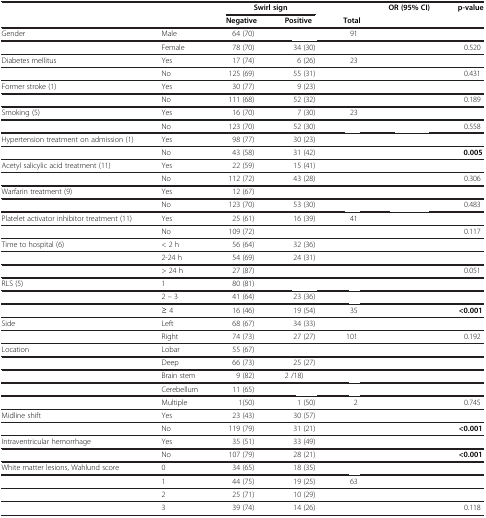
<table><thead><tr><td>[EMPTY_CELL]</td><td>[EMPTY_CELL]</td><td colspan="2"><b>Swirl sign</b></td><td>[EMPTY_CELL]</td><td rowspan="2"><b>OR (95% CI)</b></td><td rowspan="2"><b>p-value</b></td></tr><tr><td>[EMPTY_CELL]</td><td>[EMPTY_CELL]</td><td><b>Negative</b></td><td><b>Positive</b></td><td><b>Total</b></td></tr></thead><tbody><tr><td>Gender</td><td>Male</td><td>64 (70)</td><td>[EMPTY_CELL]</td><td>91</td><td>[EMPTY_CELL]</td><td>[EMPTY_CELL]</td></tr><tr><td>[EMPTY_CELL]</td><td>Female</td><td>78 (70)</td><td>34 (30)</td><td>[EMPTY_CELL]</td><td>[EMPTY_CELL]</td><td>0.520</td></tr><tr><td>Diabetes mellitus</td><td>Yes</td><td>17 (74)</td><td>6 (26)</td><td>23</td><td>[EMPTY_CELL]</td><td>[EMPTY_CELL]</td></tr><tr><td>[EMPTY_CELL]</td><td>No</td><td>125 (69)</td><td>55 (31)</td><td>[EMPTY_CELL]</td><td>[EMPTY_CELL]</td><td>0.431</td></tr><tr><td>Former stroke (1)</td><td>Yes</td><td>30 (77)</td><td>9 (23)</td><td>[EMPTY_CELL]</td><td>[EMPTY_CELL]</td><td>[EMPTY_CELL]</td></tr><tr><td>[EMPTY_CELL]</td><td>No</td><td>111 (68)</td><td>52 (32)</td><td>[EMPTY_CELL]</td><td>[EMPTY_CELL]</td><td>0.189</td></tr><tr><td>Smoking (5)</td><td>Yes</td><td>16 (70)</td><td>7 (30)</td><td>23</td><td>[EMPTY_CELL]</td><td>[EMPTY_CELL]</td></tr><tr><td>[EMPTY_CELL]</td><td>No</td><td>123 (70)</td><td>52 (30)</td><td>[EMPTY_CELL]</td><td>[EMPTY_CELL]</td><td>0.558</td></tr><tr><td>Hypertension treatment on admission (1)</td><td>Yes</td><td>98 (77)</td><td>30 (23)</td><td>[EMPTY_CELL]</td><td>[EMPTY_CELL]</td><td>[EMPTY_CELL]</td></tr><tr><td>[EMPTY_CELL]</td><td>No</td><td>43 (58)</td><td>31 (42)</td><td>[EMPTY_CELL]</td><td>[EMPTY_CELL]</td><td><b>0.005</b></td></tr><tr><td>Acetyl salicylic acid treatment (11)</td><td>Yes</td><td>22 (59)</td><td>15 (41)</td><td>[EMPTY_CELL]</td><td>[EMPTY_CELL]</td><td>[EMPTY_CELL]</td></tr><tr><td>[EMPTY_CELL]</td><td>No</td><td>112 (72)</td><td>43 (28)</td><td>[EMPTY_CELL]</td><td>[EMPTY_CELL]</td><td>0.306</td></tr><tr><td>Warfarin treatment (9)</td><td>Yes</td><td>12 (67)</td><td>[EMPTY_CELL]</td><td>[EMPTY_CELL]</td><td>[EMPTY_CELL]</td><td>[EMPTY_CELL]</td></tr><tr><td>[EMPTY_CELL]</td><td>No</td><td>123 (70)</td><td>53 (30)</td><td>[EMPTY_CELL]</td><td>[EMPTY_CELL]</td><td>0.483</td></tr><tr><td>Platelet activator inhibitor treatment (11)</td><td>Yes</td><td>25 (61)</td><td>16 (39)</td><td>41</td><td>[EMPTY_CELL]</td><td>[EMPTY_CELL]</td></tr><tr><td>[EMPTY_CELL]</td><td>No</td><td>109 (72)</td><td>[EMPTY_CELL]</td><td>[EMPTY_CELL]</td><td>[EMPTY_CELL]</td><td>0.117</td></tr><tr><td>Time to hospital (6)</td><td>&lt; 2 h</td><td>56 (64)</td><td>32 (36)</td><td>[EMPTY_CELL]</td><td>[EMPTY_CELL]</td><td>[EMPTY_CELL]</td></tr><tr><td>[EMPTY_CELL]</td><td>2-24 h</td><td>54 (69)</td><td>24 (31)</td><td>[EMPTY_CELL]</td><td>[EMPTY_CELL]</td><td>[EMPTY_CELL]</td></tr><tr><td>[EMPTY_CELL]</td><td>&gt; 24 h</td><td>27 (87)</td><td>[EMPTY_CELL]</td><td>[EMPTY_CELL]</td><td>[EMPTY_CELL]</td><td>0.051</td></tr><tr><td>RLS (5)</td><td>1</td><td>80 (81)</td><td>[EMPTY_CELL]</td><td>[EMPTY_CELL]</td><td>[EMPTY_CELL]</td><td>[EMPTY_CELL]</td></tr><tr><td>[EMPTY_CELL]</td><td>2 – 3</td><td>41 (64)</td><td>23 (36)</td><td>[EMPTY_CELL]</td><td>[EMPTY_CELL]</td><td>[EMPTY_CELL]</td></tr><tr><td>[EMPTY_CELL]</td><td>≥ 4</td><td>16 (46)</td><td>19 (54)</td><td>35</td><td>[EMPTY_CELL]</td><td><b>&lt;0.001</b></td></tr><tr><td>Side</td><td>Left</td><td>68 (67)</td><td>34 (33)</td><td>[EMPTY_CELL]</td><td>[EMPTY_CELL]</td><td>[EMPTY_CELL]</td></tr><tr><td>[EMPTY_CELL]</td><td>Right</td><td>74 (73)</td><td>27 (27)</td><td>101</td><td>[EMPTY_CELL]</td><td>0.192</td></tr><tr><td>Location</td><td>Lobar</td><td>55 (67)</td><td>[EMPTY_CELL]</td><td>[EMPTY_CELL]</td><td>[EMPTY_CELL]</td><td>[EMPTY_CELL]</td></tr><tr><td>[EMPTY_CELL]</td><td>Deep</td><td>66 (73)</td><td>25 (27)</td><td>[EMPTY_CELL]</td><td>[EMPTY_CELL]</td><td>[EMPTY_CELL]</td></tr><tr><td>[EMPTY_CELL]</td><td>Brain stem</td><td>9 (82)</td><td>2 /18)</td><td>[EMPTY_CELL]</td><td>[EMPTY_CELL]</td><td>[EMPTY_CELL]</td></tr><tr><td>[EMPTY_CELL]</td><td>Cerebellum</td><td>11 (65)</td><td>[EMPTY_CELL]</td><td>[EMPTY_CELL]</td><td>[EMPTY_CELL]</td><td>[EMPTY_CELL]</td></tr><tr><td>[EMPTY_CELL]</td><td>Multiple</td><td>1(50)</td><td>1 (50)</td><td>2</td><td>[EMPTY_CELL]</td><td>0.745</td></tr><tr><td>Midline shift</td><td>Yes</td><td>23 (43)</td><td>30 (57)</td><td>[EMPTY_CELL]</td><td>[EMPTY_CELL]</td><td>[EMPTY_CELL]</td></tr><tr><td>[EMPTY_CELL]</td><td>No</td><td>119 (79)</td><td>31 (21)</td><td>[EMPTY_CELL]</td><td>[EMPTY_CELL]</td><td><b>&lt;0.001</b></td></tr><tr><td>Intraventricular hemorrhage</td><td>Yes</td><td>35 (51)</td><td>33 (49)</td><td>[EMPTY_CELL]</td><td>[EMPTY_CELL]</td><td>[EMPTY_CELL]</td></tr><tr><td>[EMPTY_CELL]</td><td>No</td><td>107 (79)</td><td>28 (21)</td><td>[EMPTY_CELL]</td><td>[EMPTY_CELL]</td><td><b>&lt;0.001</b></td></tr><tr><td>White matter lesions, Wahlund score</td><td>0</td><td>34 (65)</td><td>18 (35)</td><td>[EMPTY_CELL]</td><td>[EMPTY_CELL]</td><td>[EMPTY_CELL]</td></tr><tr><td>[EMPTY_CELL]</td><td>1</td><td>44 (75)</td><td>19 (25)</td><td>63</td><td>[EMPTY_CELL]</td><td>[EMPTY_CELL]</td></tr><tr><td>[EMPTY_CELL]</td><td>2</td><td>25 (71)</td><td>10 (29)</td><td>[EMPTY_CELL]</td><td>[EMPTY_CELL]</td><td>[EMPTY_CELL]</td></tr><tr><td>[EMPTY_CELL]</td><td>3</td><td>39 (74)</td><td>14 (26)</td><td>[EMPTY_CELL]</td><td>[EMPTY_CELL]</td><td>0.118</td></tr></tbody></table>